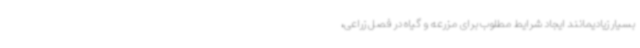
بسیار زیادیمانند ایجاد شرایط مطلوب برای مزرعه و گیاه در فصل زراعی،